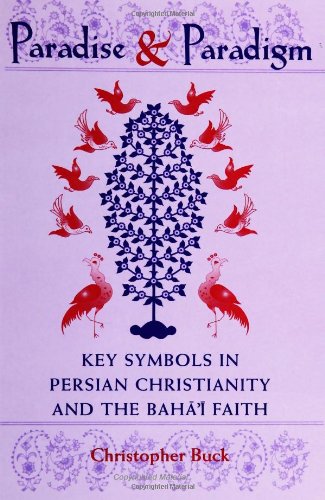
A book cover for Paradise and Paradigm: Key Symbols in Persian Christianity and the Baha'i Faith (Studies in the Babi and Baha'i Religions, V. 10); Christopher Buck; Religion & Spirituality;